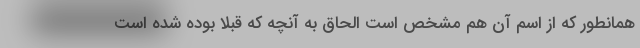
همانطور که از اسم آن هم مشخص است الحاق به آنچه که قبلا بوده شده است